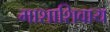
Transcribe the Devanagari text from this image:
माशाशिवाय